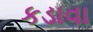
કડાવા